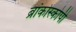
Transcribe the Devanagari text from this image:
ब्रांकोस्कोपी